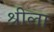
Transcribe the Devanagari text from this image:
श्रीला